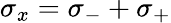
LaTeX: \sigma_{x}=\sigma_{-}+\sigma_{+}